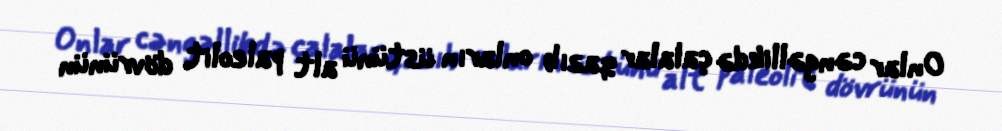
Onlar cəngəllikdə çalalar qazıb onların üstünü alt paleolit dövrünün